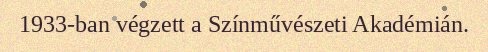
1933-ban végzett a Színművészeti Akadémián.